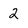
Character: 2